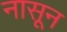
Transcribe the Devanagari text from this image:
नासून